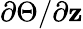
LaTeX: \partial\Theta/\partial\mathbf{z}